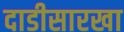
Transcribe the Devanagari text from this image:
दाडीसारखा